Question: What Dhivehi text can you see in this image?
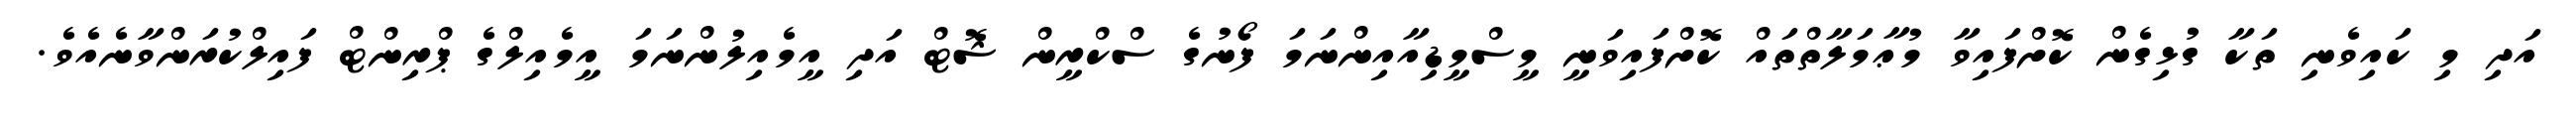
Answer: އަދި މި ކައިވެނި ތަކާ ގުޅިގެން ކޮށްފައިވާ މުޢާމަލާތްތައް ކޮށްފައިވަނީ މީސްމީޑިއާއިންނަމަ ފޯނުގެ ސްކްރީން ޝޮޓް އަދި އީމެއިލުންނަމަ އީމެއިލްގެ ޕްރިންޓް ފައިލްކުރަންވާނެއެވެ.